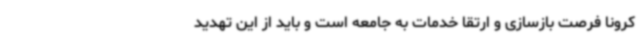
کرونا فرصت بازسازی و ارتقا خدمات به جامعه است و باید از این تهدید